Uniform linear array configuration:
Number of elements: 48
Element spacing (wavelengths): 1
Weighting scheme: exponential
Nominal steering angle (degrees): -60
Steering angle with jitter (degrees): -59.007
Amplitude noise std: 0.05
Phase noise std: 0.05

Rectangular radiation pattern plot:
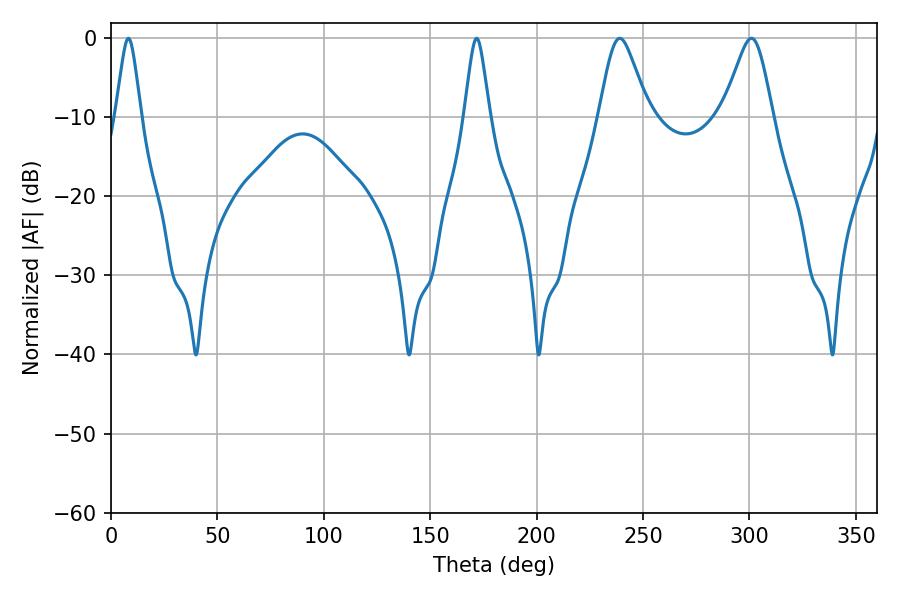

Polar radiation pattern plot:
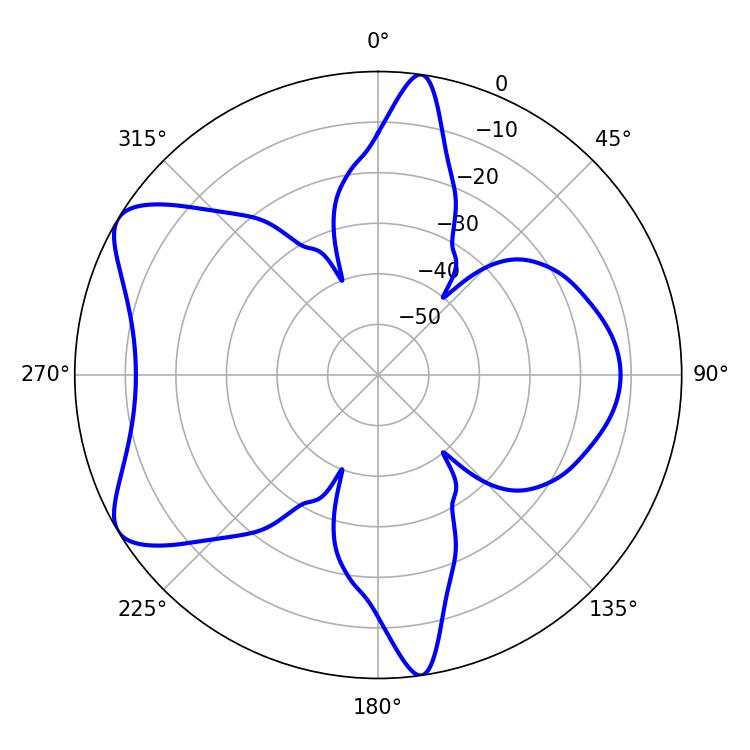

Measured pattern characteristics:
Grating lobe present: TRUE
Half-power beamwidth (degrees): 11.16
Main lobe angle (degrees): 239.04